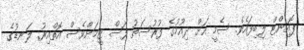
ޕޮއިންޓް ލިބިފައެވެ. ސެމީ އަށް ދިއުމުގެ ފުރުސަތު ފަސް ޓީމަށްވެސް އޮތްއިރު